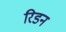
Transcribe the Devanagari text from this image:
रिडन